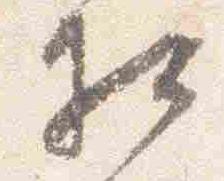
相